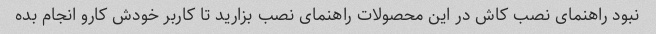
نبود راهنمای نصب کاش در این محصولات راهنمای نصب بزارید تا کاربر خودش کارو انجام بده